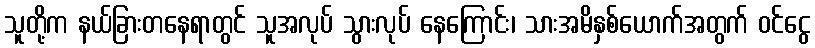
သူတို့က နယ်ခြားတနေရာတွင် သူအလုပ် သွားလုပ် နေကြောင်း၊ သားအမိနှစ်ယောက်အတွက် ဝင်ငွေ